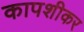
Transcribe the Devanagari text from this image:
कापशीकर